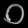
Digit: ၀